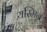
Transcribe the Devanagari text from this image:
यस्मिन्न